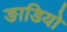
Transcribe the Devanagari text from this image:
ङाडियो